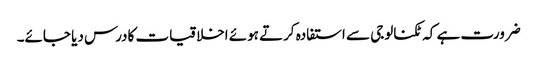
ضرورت ہے کہ ٹکنالوجی سے استفادہ کرتے ہوئے اخلاقیات کادرس دیا جائے۔